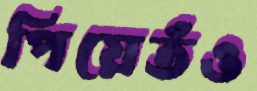
পিয়েতঁও